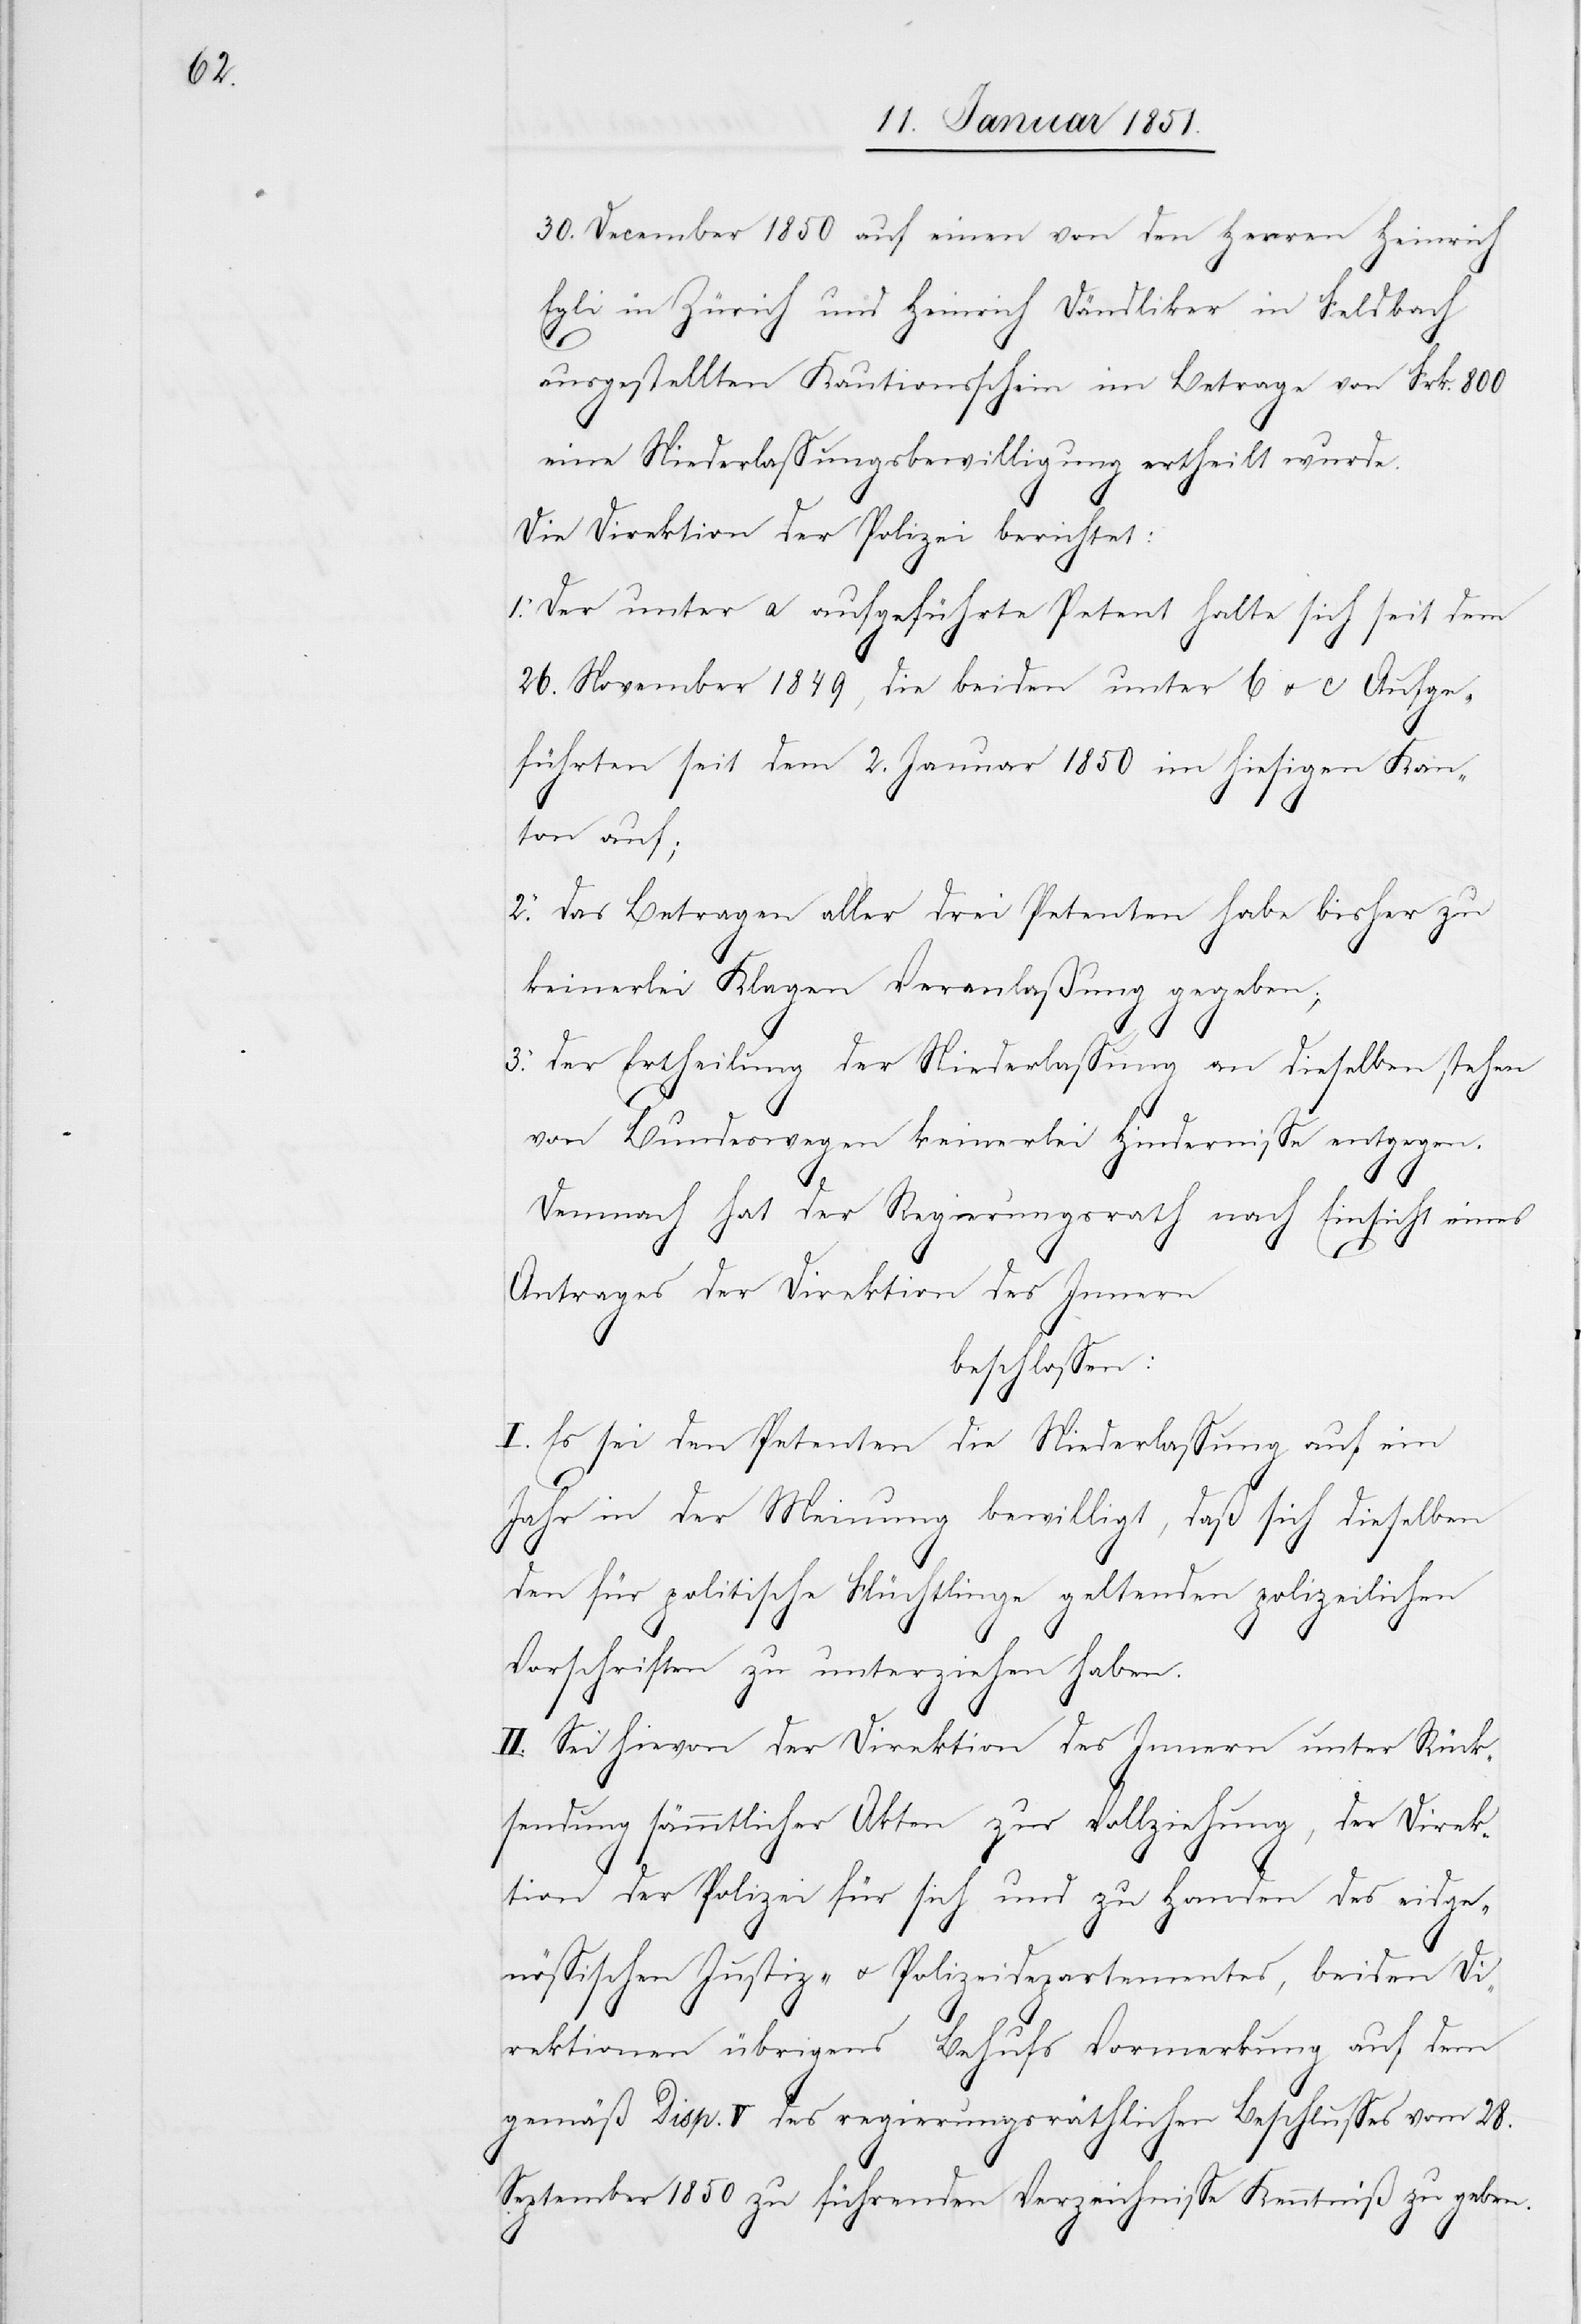
2.

30. December 1850 auf einen von den Herren Heinrich
Egli in Zürich und Heinrich Dändliker in Feldbach
ausgestellten Kautionsschein im Betrage von Frk. 800
eine Niederlassungsbewilligung ertheilt wurde.
Die Direktion der Polizei berichtet:
Der unter a aufgeführte Petent halte sich seit dem
26. November 1849, die beiden unter b u. c Aufge¬
führten seit dem 2. Januar 1850 im hiesigen Kan¬
ton auf;
Das Betragen aller drei Petenten habe bisher zu
keinerlei Klagen Veranlaßung gegeben;
Der Ertheilung der Niederlassung an dieselben stehen
von Bundeswegen keinerlei Hindernisse entgegen.
Demnach hat der Regierungsrath nach Einsicht eines
Antrages der Direktion des Innern
beschlossen:
I. Es sei den Petenten die Niederlassung auf ein
Jahr in der Meinung bewilligt, daß sich dieselben
3.
den für politische Flüchtlinge geltenden polizeilichen
Vorschriften zu unterziehen haben.
II. Sei hievon der Direktion des Innern unter Rück¬
sendung sämmtlicher Akten zur Vollziehung, der Direk¬
tion der Polizei für sich und zu Handen des eidge¬
nössischen Justiz- u. Polizeidepartementes, beiden Di¬
rektionen übrigens Behufs Vormerkung auf dem
gemäß Disp. V des regierungsräthlichen Beschlusses vom 28.
September 1850 zu führenden Verzeichnisse Kenntniß zu geben.